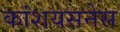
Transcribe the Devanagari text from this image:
कांशयसनेस